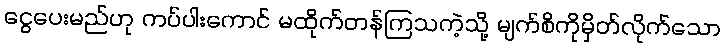
ငွေပေးမည်ဟု ကပ်ပါးကောင် မထိုက်တန်ကြသကဲ့သို့ မျက်စိကိုမှိတ်လိုက်သော